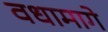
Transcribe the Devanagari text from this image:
वधामागे